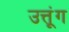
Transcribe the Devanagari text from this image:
उत्तूंग